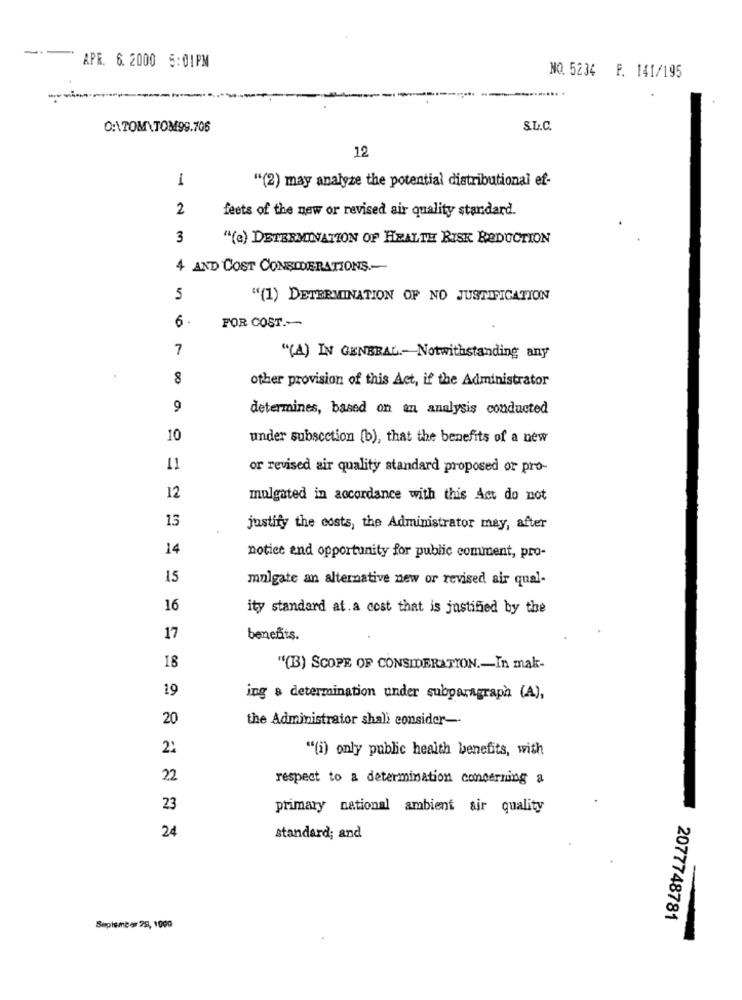
-
APR. 6. 2000 5:01PM
NO. 5234 F. 141/195
...... .
-
--
0:\TOM\TOM99.706
S.L.C.
12
"(2) may analyze the potential distributional ef-
-
2
feets of the new or revised air quality standard.
3
"(a) DETERMINATION OF HEALTH RISK REDUCTION
4 AND COST CONSIDERATIONS .-
5
"(1) DETERMINATION OF NO JUSTIFICATION
FOR COST .--
7
"(A) IN GENERAL .- Notwithstanding any
other provision of this Act, if the Administrator
9
determines, based on an analysis conducted
10
under subsection (b), that the benefits of a new
11
or revised air quality standard proposed or pro-
12
mulgated in accordance with this Act do not
13
justify the costs, the Administrator may, after
14
notice and opportunity for public comment, pro-
15
mnlgate an alternative new or revised air qual-
16
ity standard at. a cost that is justified by the
17
benents.
18
"(B) SCOPE OF CONSIDERATION .- In mak-
19
ing a determination under subparagraph (A),
20
the Administrator shali consider --
2:
"(i) only public health benefits, with
22
respect to a determination concerning a
23
primary national ambient air quality
24
standard; and
2077748781
September 28, 1000